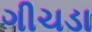
ગીચડા